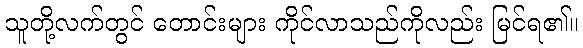
သူတို့လက်တွင် တောင်းများ ကိုင်လာသည်ကိုလည်း မြင်ရ၏။